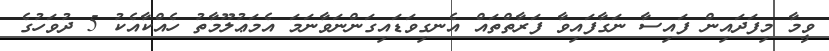
ވީމާ މިފަދައިން ފައިސާ ނަގާފައިވާ ފަރާތްތައް އެނގިވަޑައިގަންނަވާނަމަ އެމަޢުލޫމާތު ހެއްކާއެކު 5 ދުވަހުގެ